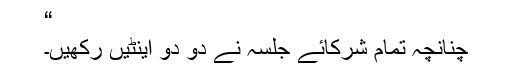
“
چنانچہ تمام شرکائے جلسہ نے دو دو اینٹیں رکھیں۔